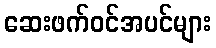
ဆေးဖက်ဝင်အပင်များ